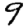
Digit: 9